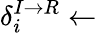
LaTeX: \delta_{i}^{I\rightarrow R}\leftarrow